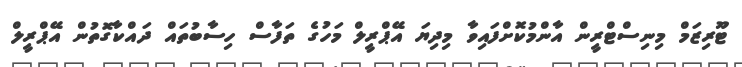
ޓޫރިޒަމް މިނިސްޓްރީން އާންމުކޮށްފައިވާ މިދިޔަ އޭޕްރީލް މަހުގެ ތަފާސް ހިސާބުތައް ދައްކާގޮތުން އޭޕްރީލް